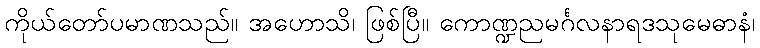
ကိုယ်တော်ပမာဏသည်။ အဟောသိ၊ ဖြစ်ပြီ။ ကောဏ္ဍညမင်္ဂလနာရဒသုမေဓာနံ၊